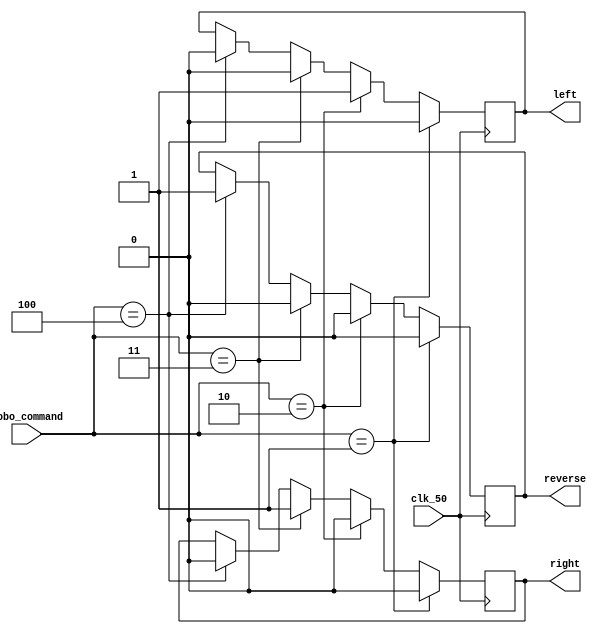
module SM_1153_commands(
input clk_50,
input [2:0]robo_command,
output left,
output right,
output reverse

);
reg left_temp=0;
reg right_temp=0;
reg reverse_temp=0;
always@(posedge clk_50)begin
if(robo_command==1)begin
left_temp<=0;
right_temp<=0;
reverse_temp<=0;

end
else if(robo_command==2)begin
left_temp<=1;
right_temp<=0;
reverse_temp<=0;
end
else if(robo_command==3)begin
left_temp<=0;
right_temp<=1;
reverse_temp<=0;
end
else if(robo_command==4)begin
left_temp<=0;
right_temp<=0;
reverse_temp<=1;
end
end

assign left=left_temp;
assign right=right_temp;
assign reverse=reverse_temp;

endmodule